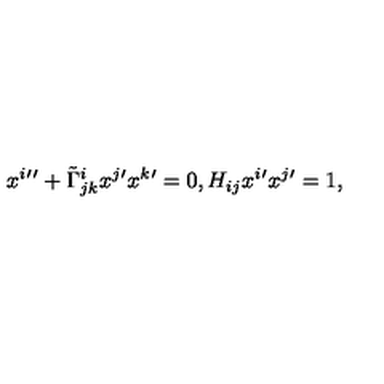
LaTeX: x ^ { i } { ' ^ { \prime } } + \tilde { \Gamma } _ { j k } ^ { i } x ^ { j } { ' } x ^ { k } { ' } = 0 , H _ { i j } x ^ { i } { ' } x ^ { j } { ' } = 1 ,